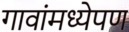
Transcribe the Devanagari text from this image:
गावांमध्येपण